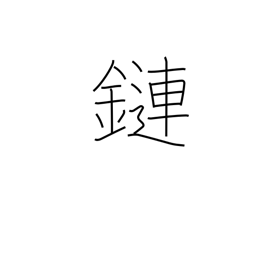
Meaning: connection